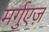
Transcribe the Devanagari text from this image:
मर्गुएज़